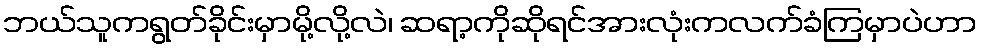
ဘယ်သူကရွတ်ခိုင်းမှာမို့လို့လဲ၊ ဆရာ့ကိုဆိုရင်အားလုံးကလက်ခံကြမှာပဲဟာ